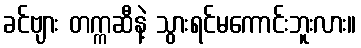
ခင်ဗျား တက္ကဆီနဲ့ သွားရင်မကောင်းဘူးလား။